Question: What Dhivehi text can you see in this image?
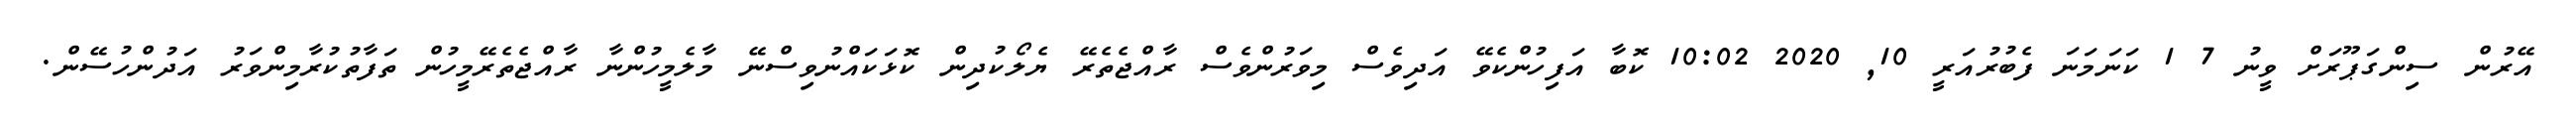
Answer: އޭރުން ސިންގަޕޫރަށް ވީނު 7 1 ކަނަމަނަ ފެބުރުއަރީ 10, 2020 10:02 ކޮބާ އަފިހުންކެވޭ އަދިވެސް މިވަރުންވެސް ރާއްޖެތެރޭ ޔެލޯކުދިން ކޮޅަކައްނުވިސްނޭ މާލެމީހުންނާ ރާއްޖެތެރޭމީހުން ތަފާތުކުރާމިންވަރު އަދުންހުސޭން.